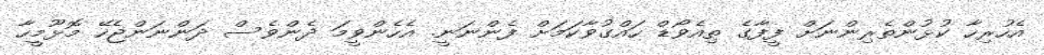
އެހުރިހާ ކުޅުންތެރިންނަށް ފީފާގެ ތިއެވޯޑް ހައްގުވާކަމަށް ފެންނަނީ. އެހެންޥީމަ ދެންވެސް ދަންނަންޖެހޭ މޮޅޫމީހާ